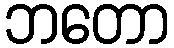
ဘတော